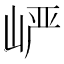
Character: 𪨷